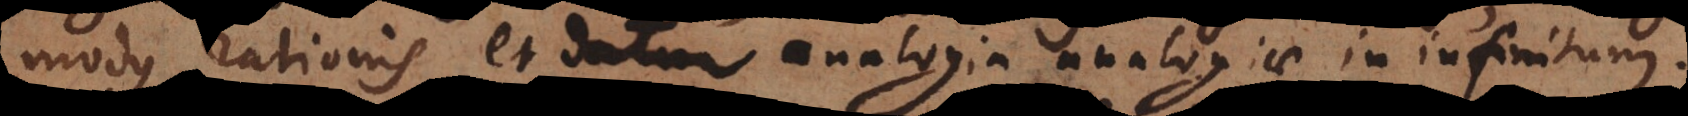
modus rationis et datur analogia analogiae in infinitum.